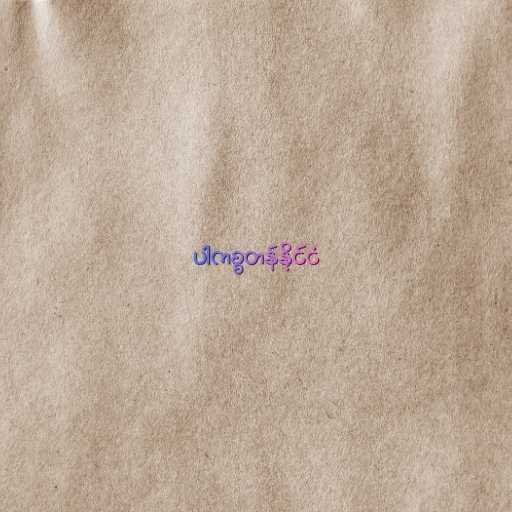
ပါကစ္စတန်နိုင်ငံ